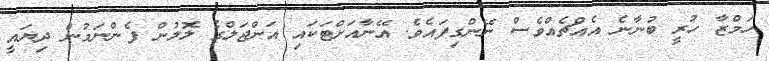
ހަމްޒާ ހުރީ ބުނާނެ އެއްޗެއްވެސް ނޭންގިފައެވެ. އޭނާއަަށްޓަކައި އަންޖަލްގެ ލޮލުން ފެންނަމުން ދިޔައީ